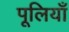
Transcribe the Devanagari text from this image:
पूलियाँ